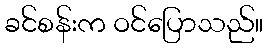
ခင်စန်းက ဝင်ပြောသည်။